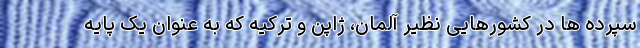
سپرده ها در کشورهایی نظیر آلمان، ژاپن و ترکیه که به عنوان یک پایه